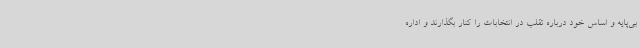
بی‌پایه و اساس خود درباره تقلب در انتخابات را کنار بگذارند و اداره